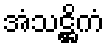
အံသဋ္ဌိကံ